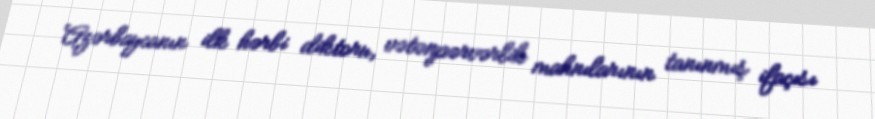
Azərbaycanın ilk hərbi diktoru, vətənpərvərlik mahnılarının tanınmış ifaçısı